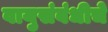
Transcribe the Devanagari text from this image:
वायुसंबंधीचे